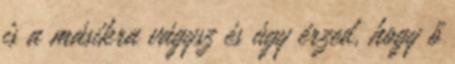
is a másikra vágysz és úgy érzed, hogy ő